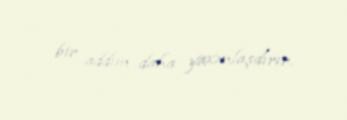
bir addım daha yaxınlaşdırır.